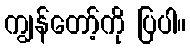
ကျွန်တော့်ကို ပြပါ။